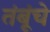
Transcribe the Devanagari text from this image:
तंबूंचे